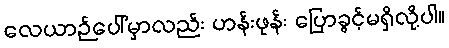
လေယာဉ်ပေါ်မှာလည်း ဟန်းဖုန်း ပြောခွင့်မရှိလို့ပါ။